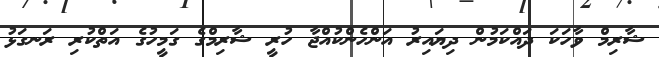
ޝާރިމް ވާހަކަ ދައްކަމުން ދިޔައިރު އަންހެންކުއްޖާ ހުރީ ޝާރިމްގެ ގަމީހުގެ އަތްކުރި ރަނގަޅު